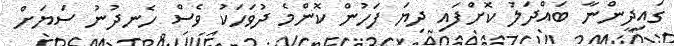
ގައިދީންނާ ބައްދަލު ކޮށްފައި ދިޔަ ފަހުން ކޮންމެ ދުވަހަކު ވެސް ހެނދުނު ސަޔަށް